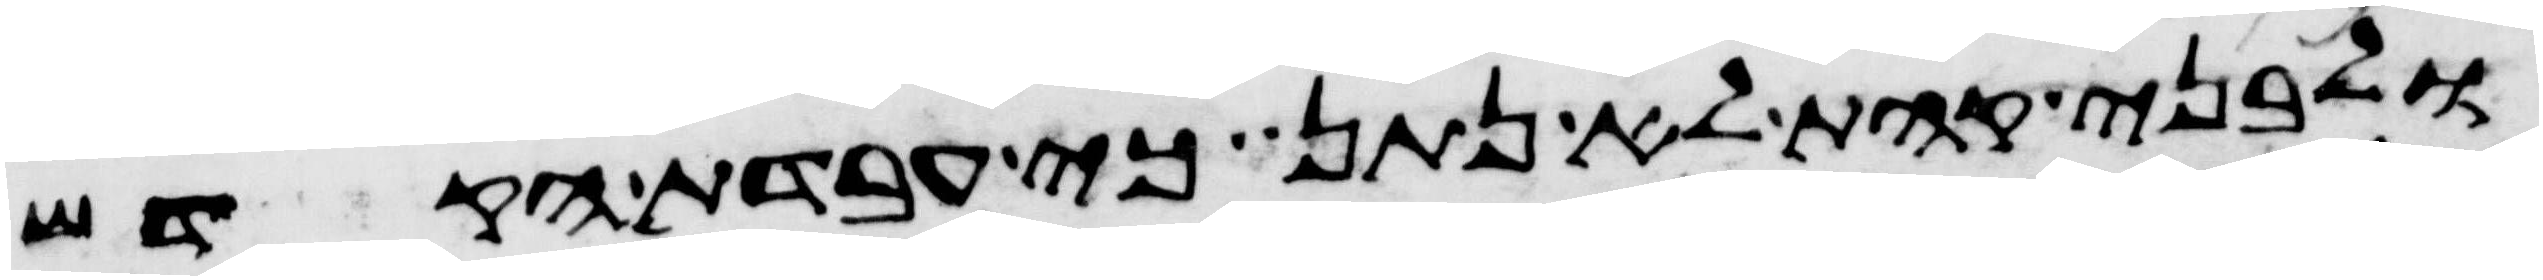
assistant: ולבני קהת לא נתן כי עבדת הקדש